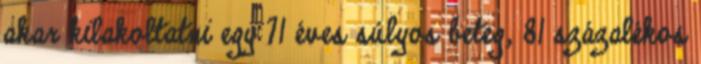
akar kilakoltatni egy 71 éves súlyos beteg, 81 százalékos